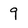
Character: 9